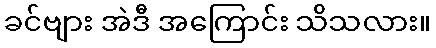
ခင်ဗျား အဲဒီ အကြောင်း သိသလား။